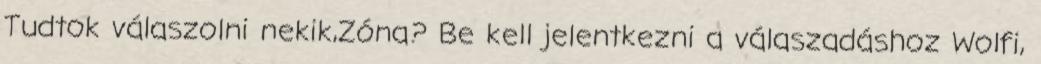
Tudtok válaszolni nekik,Zóna? Be kell jelentkezni a válaszadáshoz Wolfi,